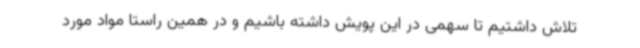
تلاش داشتیم تا سهمی در این پویش داشته باشیم و در همین راستا مواد مورد